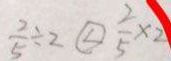
\frac { 2 } { 5 } \div 2 \textcircled { < } \frac { 2 } { 5 } \times 2